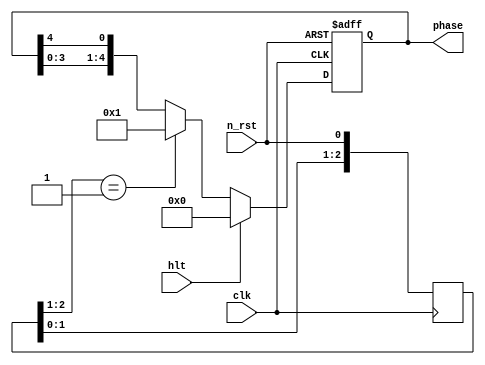
module phase_gen(input            hlt,
                 output reg [4:0] phase,
                 input            clk,
                 input            n_rst);

    reg    [2:0]         n_rst_d;

    always @(posedge clk) begin // 
        n_rst_d <= {n_rst_d[1:0], n_rst};
    end

    always @(posedge clk or negedge n_rst) begin
        if (~n_rst)             // 
          phase <= 0;
        else if (hlt)           // zHLT 
          phase <= 0;
        else if (n_rst_d[2:1] == 2'b01) // 
          phase <= 1;
        else
          phase <= {phase[3:0], phase[4]};
    end

endmodule